Report on vaccination in Madras 1895-1903 - 1895-1903
Year: 1895
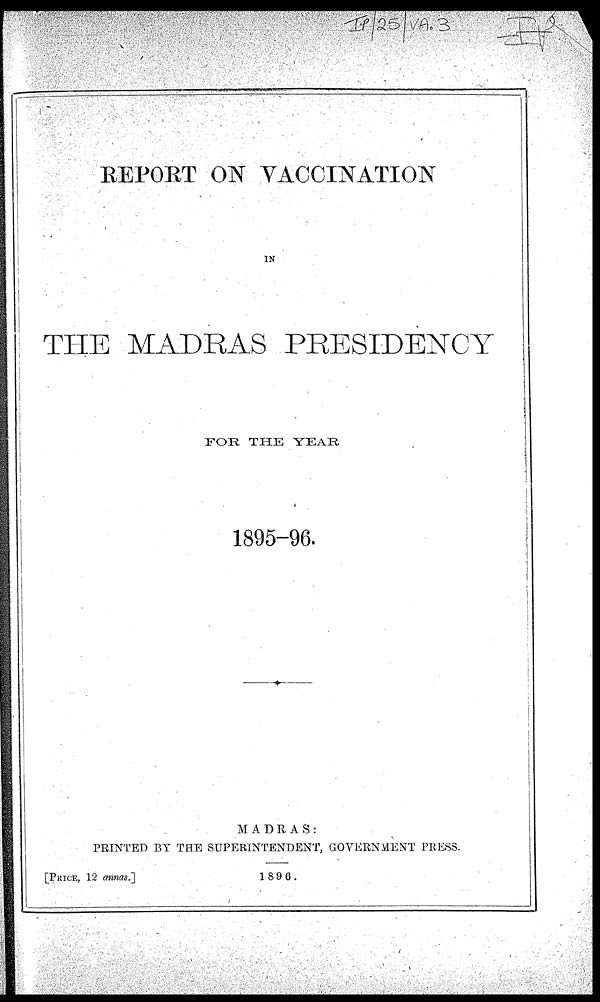
REPORT ON VACCINATION
IN
THE MADRAS PRESIDENCY
FOR THE YEAR
1895-96.
MADRAS:
PRINTED BY THE SUPERINTENDENT, GOVERNMENT PRESS.
[PRICE, 12 annas.]
1896.